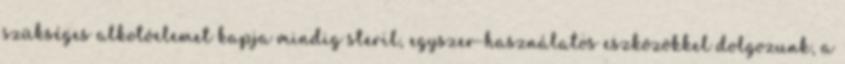
szükséges alkotóelemet kapja mindig steril, egyszer-használatos eszközökkel dolgozunk, a